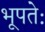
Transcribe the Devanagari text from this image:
भूपतेः